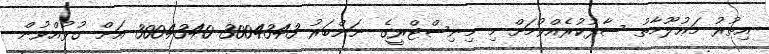
އިތުރު މަޢުލޫމާތު ސާފުކުރެއްވުމަށް މި މިނިސްޓްރީގެ ނަންބަރު 3004343 3004340 އަށް ގުޅުއްވުން